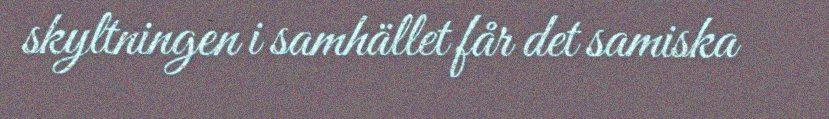
skyltningen i samhället får det samiska